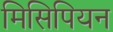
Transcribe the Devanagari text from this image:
मिसिपियन